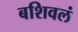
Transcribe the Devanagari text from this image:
बशिवलं